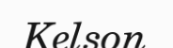
Kelson